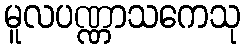
မူလပဏ္ဏာသကေသု